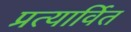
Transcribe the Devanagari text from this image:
प्रत्यार्वित